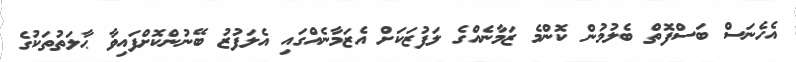
އެހެނަސް ބަސްފޮތް ބެލުމުން ކޮންމެ ޒަމާނެއްގެ ލަފުޒަކަށް އެޒަމާނެއްގައި އެލަފުޒު ބޭނުންކޮށްފައިވާ ޙާލަތުތަކުގެ